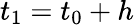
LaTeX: t_{1}=t_{0}+h